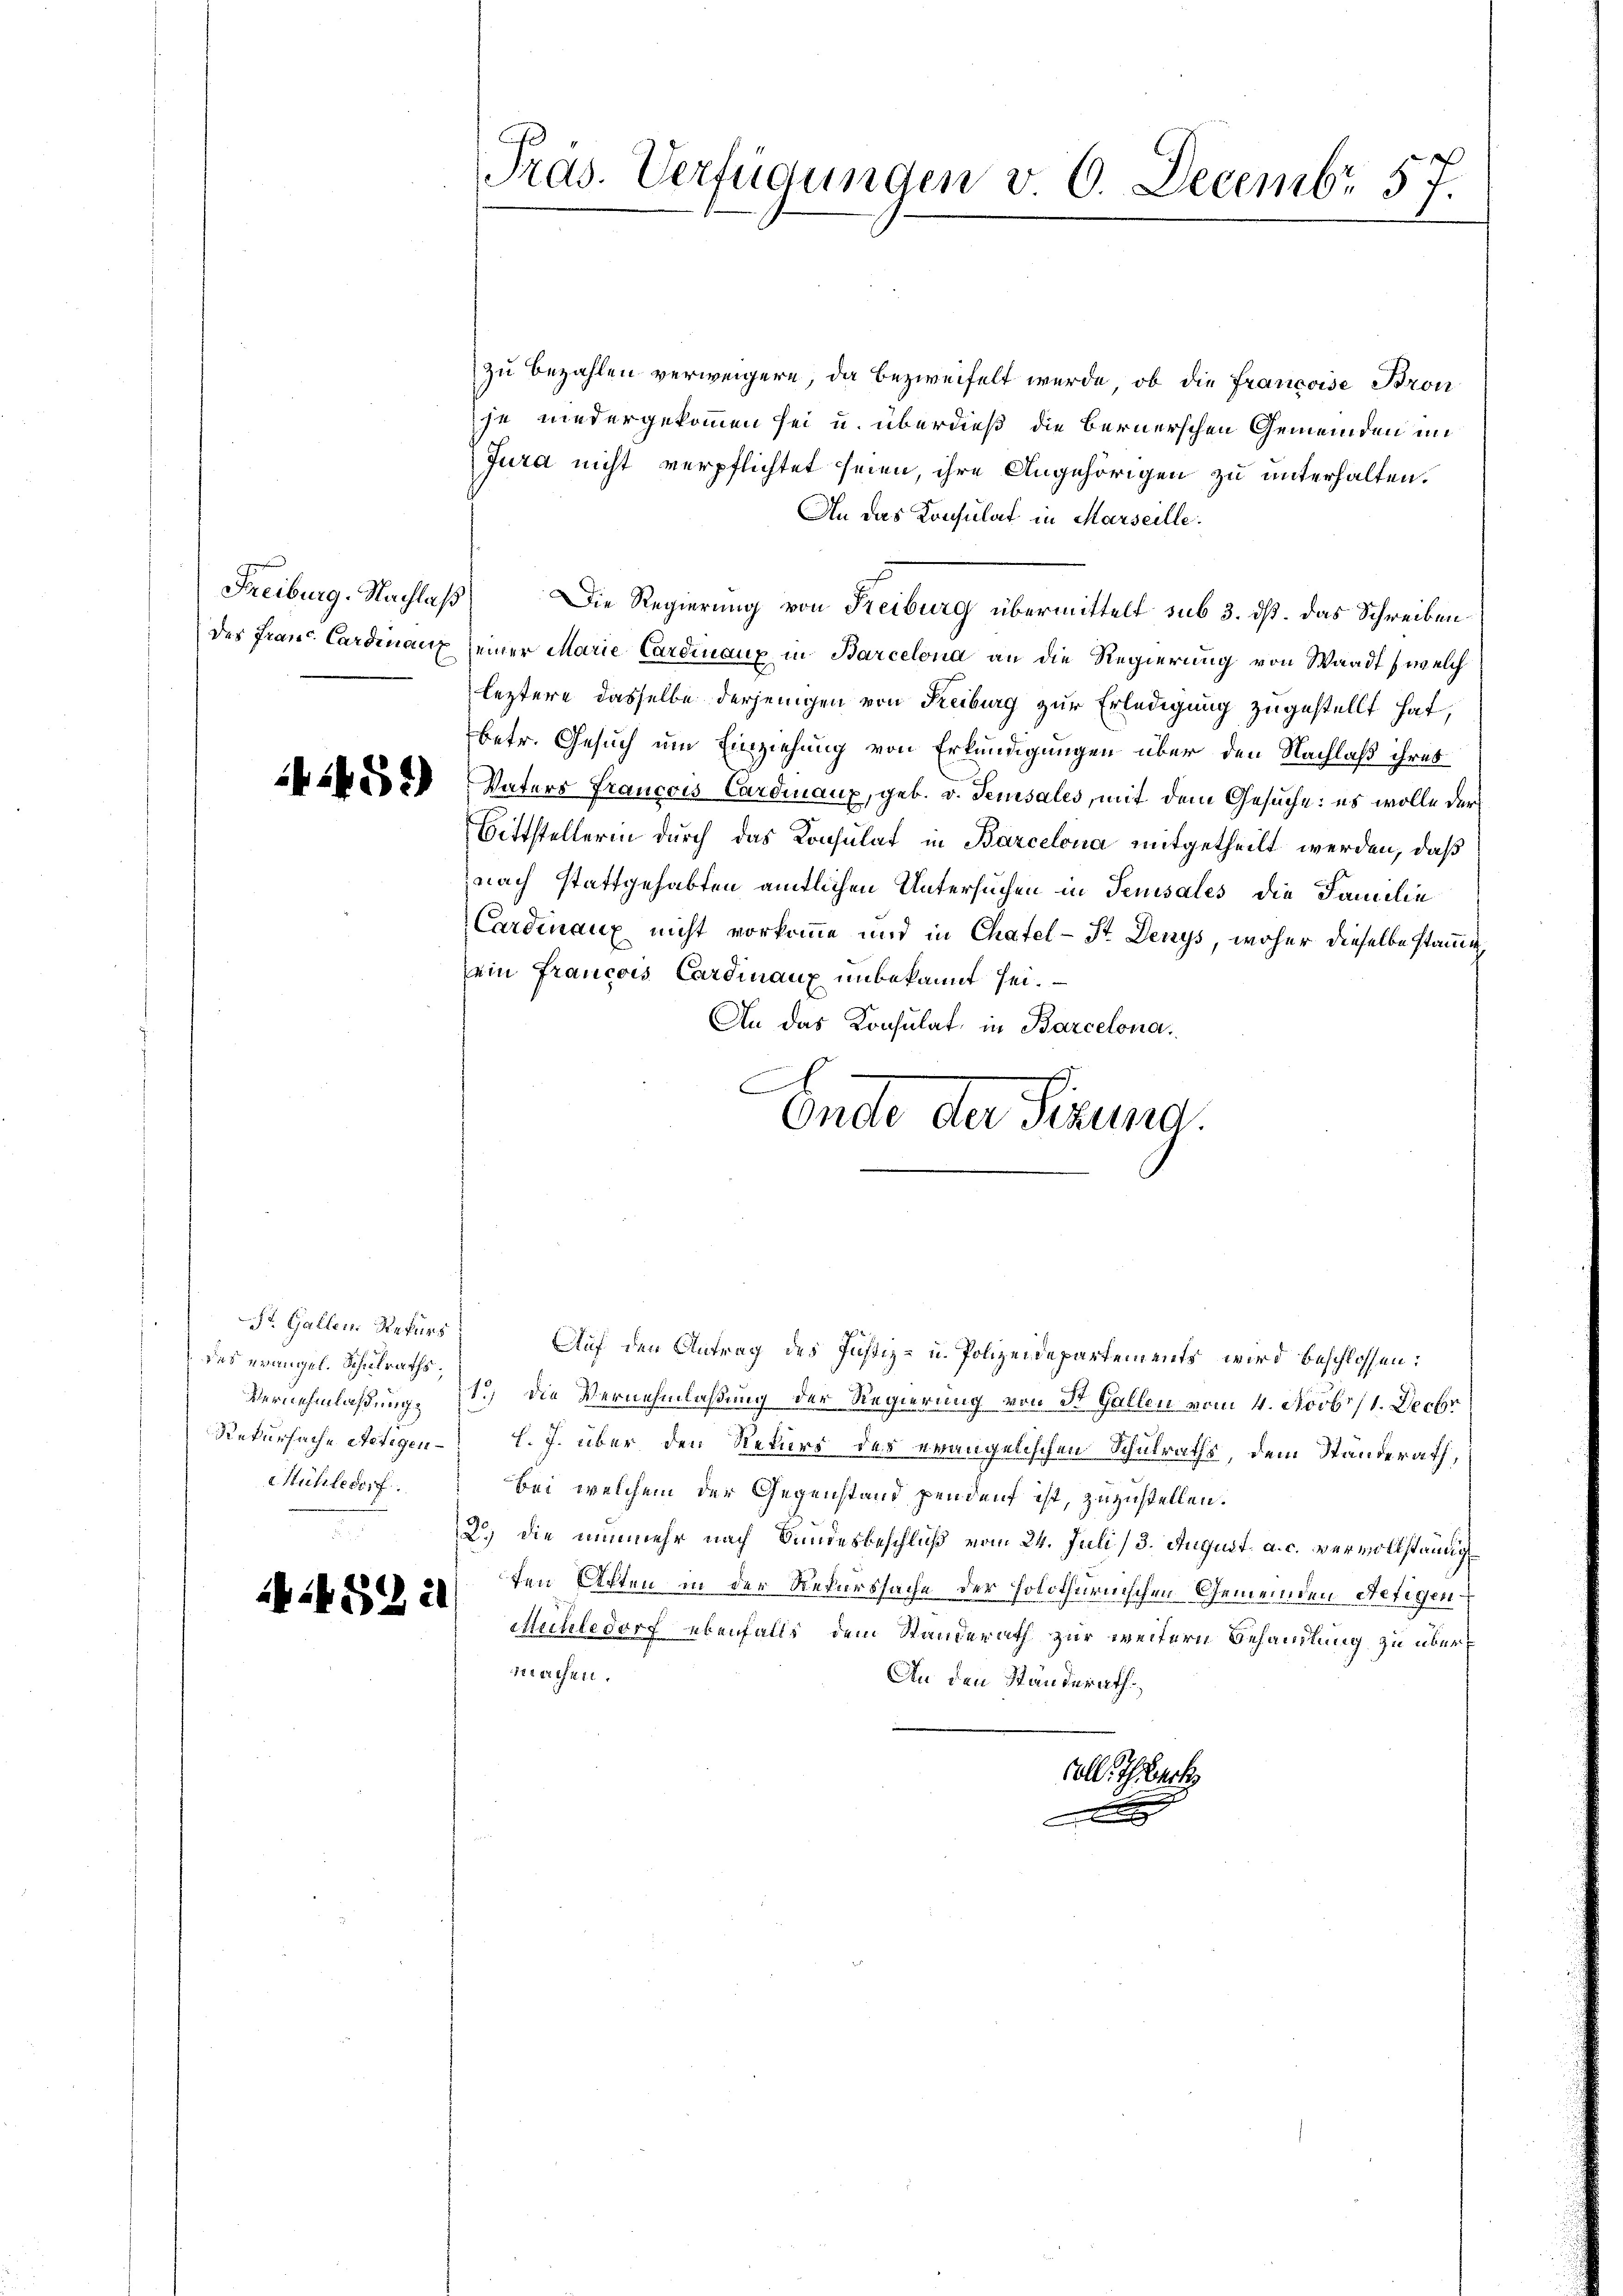
des Franz Cardinanz

4459)

i452 il

St. Gallen Rekurs
das evangel. Schulraths,
Rekursache stetigen
Mühledorf.

Präs. Verfügungen v. 6. Decembr 57.

zu bezahlen verweigern, da bezweifelt wurde, ob die Francoise Bron
je niedergekommen sei u. überdieß die Bernerschen Gemeinden in
Jura nicht verpflichtet seien, ihre Angehörigen zu unterhalten.
An das Konsulat in Marseille.
Freiburg. Nachlaß Die Regierung von Freiburg übermittelt sub 3. dß. Das Schreiben
seiner Marie Cardinanz in Barcelona an die Regierung von Waadt (welch
leztere dasselbe derjenigen von Reiburg zur Erledigung zugestellt hat,
betr. Gesuch um Einziehung von Erkundigungen über den Nachlaß ihres
Vaters Francois Cardinanz, geb. v. Sensales, mit dem Gesuche: es wolle der
Bittstellerin durch das Konsulat in Barcelona mitgetheilt werden, daß
nach stattgehabten amtlichen Untersuchen in Sensales die Familie
Cardinanz nicht vorkomme und in Chatel-St. Denys, woher dieselbe stamme
sein Francois Cardinanz unbekannt sei.
An das Konsulat, in Barcelona,
A
Onde der Sizung.
Auf den Antrag des Justiz- u. Polizeidepartements wird beschlossen:
Vernehmlassung, 1.) Die Vernehmlaßung der Regierung von St. Gallen vom 4. Novbr. 1. Decbr
h. J. über den Rekurs des evangelischen Schulraths, dem Standerath,
bei welchem der Gegenstand pendent ist, zuzustellen.
2.) die nunmehr nach Bundesbeschluß vom 24. Juli/3. August. a. c. vervollständig
ten Acten in der Rekurssache der holothurnischen Gemeinden Hetigen¬
Michledorf ebenfalls dem Standerath zur weitern Behandlung zu übermachen.
An den Standerath
soll Seck
A